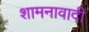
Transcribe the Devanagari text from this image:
शामनावादी